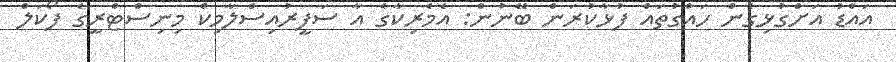
އައްޑު އަށްގުޅިގެން ހައްގުތައް ފުޅާކުރަން ބޭނުން: އެމެރިކާގެ އާ ސަފީރުއިސްލާމިކް މިނިސްޓްރީގެ ފޯކަލް